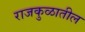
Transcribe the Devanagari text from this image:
राजकुळातील